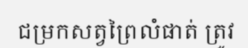
ជម្រកសត្វព្រៃលំផាត់ ត្រូវ